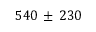
5 4 0 \, \pm \, 2 3 0